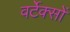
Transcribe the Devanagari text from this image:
वर्टेक्सों